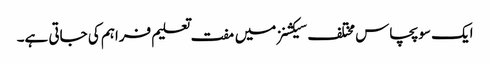
ایک سو پچاس مختلف سیکشنز میں مفت تعلیم فراہم کی جاتی ہے۔